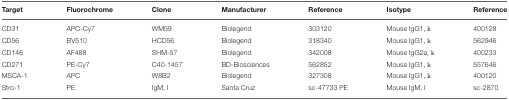
| Target | Fluorochrome | Clone | Manufacturer | Reference | Isotype | Reference |
 | --- | --- | --- | --- | --- | --- | --- |
 | CD31 | APC-Cy7 | WM59 | Biolegend | 303120 | Mouse IgG1, k | 400128 |
 | CD56 | BV510 | HCD56 | Biolegend | 318340 | Mouse IgG1, k | 562946 |
 | CD146 | AF488 | SHM-57 | Biolegend | 342008 | Mouse IgG2a, k | 400233 |
 | CD271 | PE-Cy7 | C40-1457 | BD-Biosciences | 562852 | Mouse IgG1, k | 557646 |
 | MSCA-1 | APC | W8B2 | Biolegend | 327308 | Mouse IgG1, k | 400120 |
 | Stro-1 | PE | IgM, l | Santa Cruz | sc-47733 PE | Mouse IgM, l | sc-2870 |